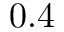
0 . 4